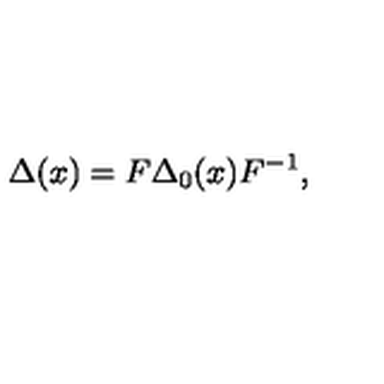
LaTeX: \Delta ( x ) = F \Delta _ { 0 } ( x ) F ^ { - 1 } ,